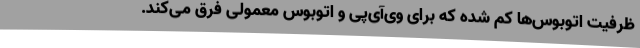
ظرفیت اتوبوس‌ها کم شده که برای وی‌آی‌پی و اتوبوس معمولی فرق می‌کند.